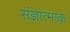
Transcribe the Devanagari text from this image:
संज्ञात्माक